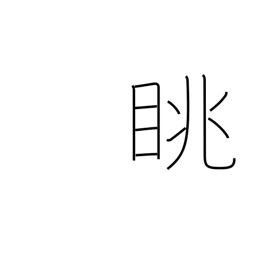
Meaning: look at